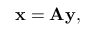
\mathbf { x } = \mathbf { A } \mathbf { y } ,